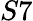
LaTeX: S7